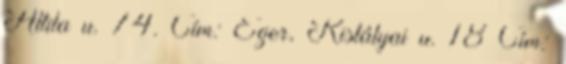
Attila u. 74. Cím: Eger, Kistályai u. 18 Cím: